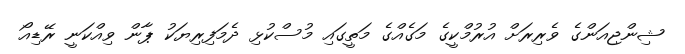
ޝިންޖިއަންގެ ވެރިރަށް އުރުމްކީގެ މަގެއްގެ މަތީގައި މުސްކުޅި ދެމަފިރިޔަކު ޕާން ވިއްކަނީ ރޭޑިއޯ